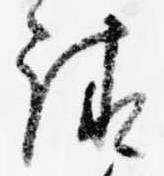
請